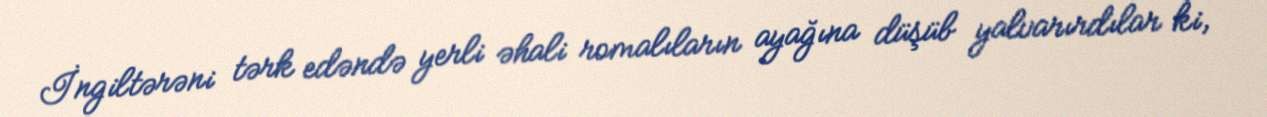
İngiltərəni tərk edəndə yerli əhali romalıların ayağına düşüb yalvarırdılar ki,